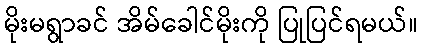
မိုးမရွာခင် အိမ်ခေါင်မိုးကို ပြုပြင်ရမယ်။